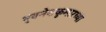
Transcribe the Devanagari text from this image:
भुवनेशकुमारच्या